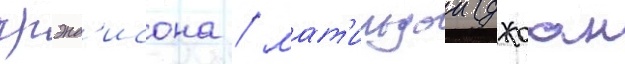
грэнд'исона / мат'ильдои (джоан